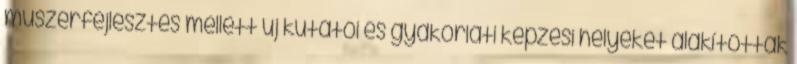
műszerfejlesztés mellett új kutatói és gyakorlati képzési helyeket alakítottak